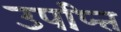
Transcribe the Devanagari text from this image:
उपप्त्ति